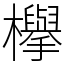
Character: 欅